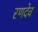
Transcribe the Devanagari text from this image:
रणदेव